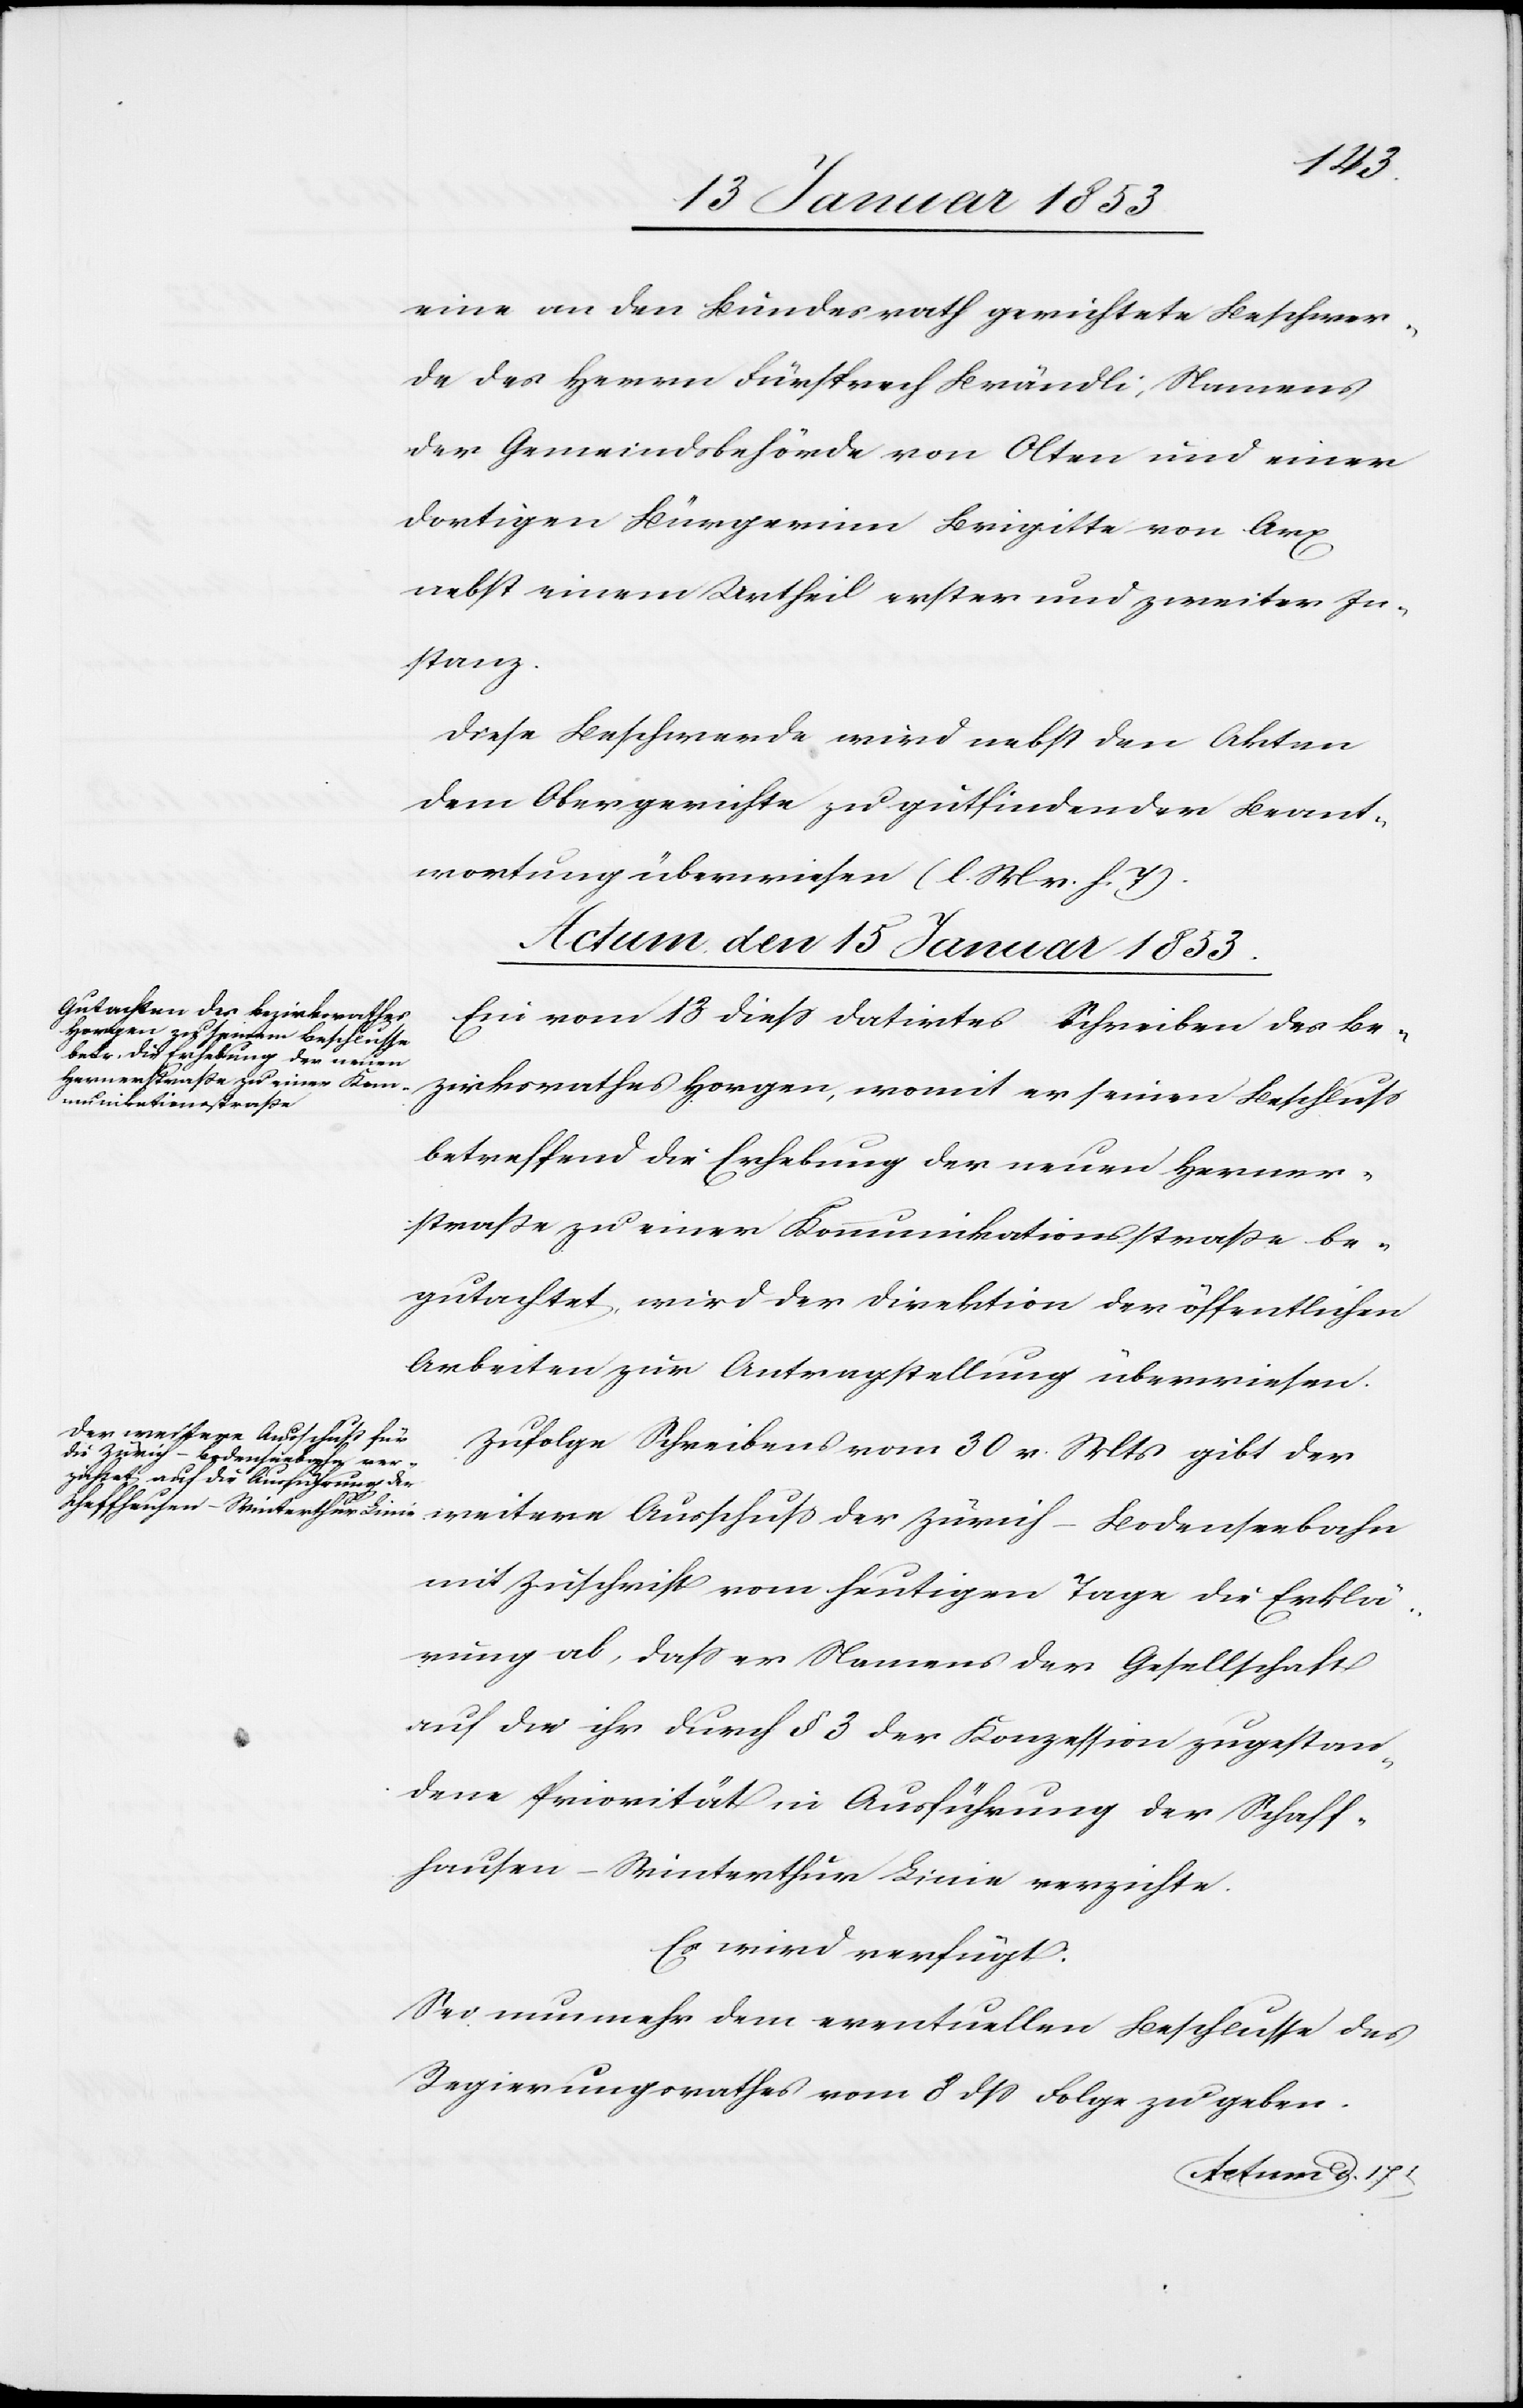
eine an den Bundesrath gerichtete Beschwer¬
de des Herrn Fürsprech Brändli Namens
der Gemeindebehörde von Olten und einer
dortigen Bürgerinn Brigitte von Arx
nebst einem Urtheil erster und zweiter In¬
stanz.
Diese Beschwerde wird nebst den Akten
dem Obergerichte zu gutfindender Beant¬
wortung überwiesen [l. M. v. h. T]
Actum den 15 Januar 1853]
Ein vom 18 dieß datirtes Schreiben des Be¬
zirksrathes Horgen, womit er seinen Beschluß
betreffend die Erhebung der neuen Herner¬
straße zu einer Kommunikationsstraße be¬
gutachtet, wird der Direktion der öffentlichen
Arbeiten zur Antragstellung überwiesen.
weitere
Zufolge Schreibens vom 30 v. Mts. gibt der
der Zürich-Bodenseebahn
mit Zuschrift vom heutigen Tage die Erklä¬
rung ab, daß er Namens der Gesellschaft
auf die ihr durch § 3 der Konzession zugestan¬
dene Priorität in Ausführung der Schaff¬
hausen-Winterthur Linie verzichte.
Es wird verfügt.
Sei nunmehr dem eventuellen Beschlusse des
Regierungsrathes vom 8 dß Folge zu geben.